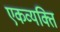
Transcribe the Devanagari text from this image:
एकव्यक्ति